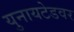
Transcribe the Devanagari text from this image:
युनायटेडवर